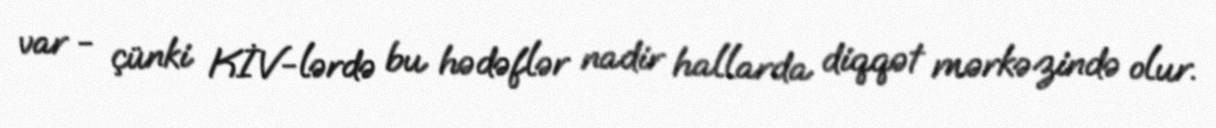
var - çünki KİV-lərdə bu hədəflər nadir hallarda diqqət mərkəzində olur.